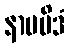
နာမမိဒံ